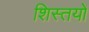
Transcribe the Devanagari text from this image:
शिस्तयों